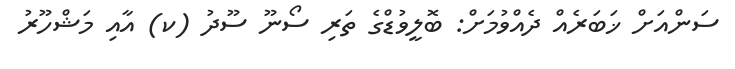
ސަންއަށް ޚަބަރެއް ދެއްވުމަށް: ބޮލީވުޑްގެ ތަރި ސޯނޫ ސޫދު (ކ) އާއި މަޝްހޫރު